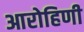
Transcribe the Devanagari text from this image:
आरोहिणी